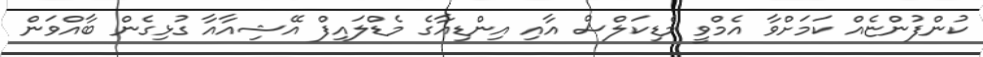
ކުންފުންޏެއް ކަމަށްވާ އެމްވީ މެޑިކަލްސް އާއި އިންޑިއާގެ މެޑްލައިފް އޭޝިއާއާ ގުޅިގެން ބާއްވަން